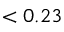
< 0 . 2 3